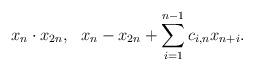
LaTeX: \begin{align*} x_n\cdot x_{2n},~~x_{n}-x_{2n}+\sum_{i=1}^{n-1}c_{i,n}x_{n+i}.\end{align*}